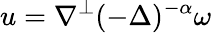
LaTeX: u=\nabla^{\perp}(-\Delta)^{-\alpha}\omega